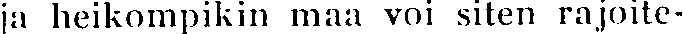
ja heikompikin maa voi siten rajoite-